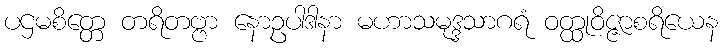
ပဌမစိတ္တေ တရိတဗ္ဗာ နောဥပါဒါနာ မဟာသမုဒ္ဒသာဂရံ ဝတ္ထုဝိဇ္ဇာစရိယေန